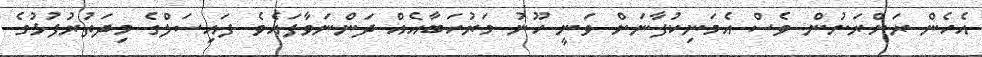
އެހެން ރަށްރަށުން ވެސް އެމަނިކުފާނަށް ވަނީ ހޫނު މަރުހަބާއެއް ދަންނަވާފައެވެ. ފައިސަލްގެ މިދަތުރުފުޅުގެ